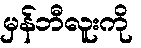
မှန်ဘီလူးကို